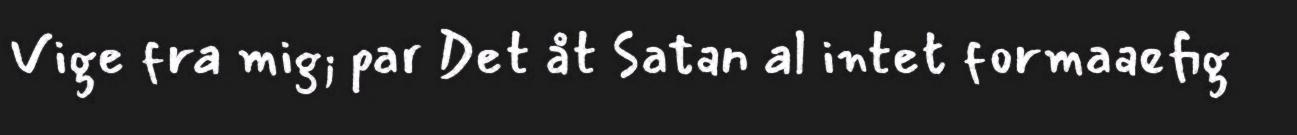
Vige fra mig; par Det åt Satan al intet formaaefig